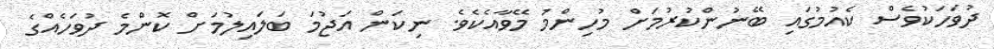
ދުވަހަކުވެސް ކެއުމުގައި ބޭނުންކުރުމަށް މުހިންމު މޭވާއެކެވެ. ނިކަން އަޖުމަ ބަލައިލުމަށް ކޮންމެ ދުވަހެއްގެ